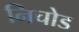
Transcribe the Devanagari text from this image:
निचोड